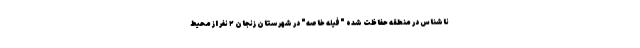
ناشناس در منطقه حفاظت شده "فیله خاصه" در شهرستان زنجان ۲ نفر از محیط